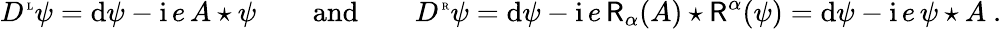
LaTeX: D^{\mathrm{\tiny~L}}\psi=\mathrm{d}\psi-{\mathrm{i}}\, e\, A\star\psi{\qquad\mathrm{and}\qquad}D^{\mathrm{\tiny~R}}\psi=\mathrm{d}\psi-{\mathrm{i}}\, e\, \mathsf{R}_{\alpha}(A)\star\mathsf{R}^{\alpha}(\psi)=\mathrm{d}\psi-{\mathrm{i}}\, e\, \psi\star A\ .